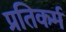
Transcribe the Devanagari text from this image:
प्रतिकर्म